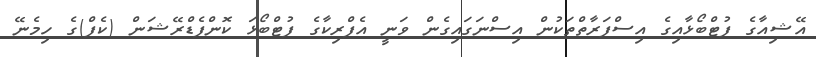
އޭޝިއާގެ ފުޓްބޯޅާއިގެ އިސްފަރާތްތަކުން އިސްނަގައިގެން ވަނީ އެފްރިކާގެ ފުޓްބޯޅަ ކޮންފެޑްރޭޝަން (ކެފް)ގެ ހިމެނޭ